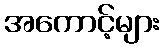
အကောင့်များ